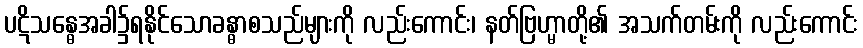
ပဋိသန္ဓေအခါ၌ရနိုင်သောခန္ဓာစသည်များကို လည်းကောင်း၊ နတ်ဗြဟ္မာတို့၏ အသက်တမ်းကို လည်းကောင်း